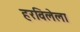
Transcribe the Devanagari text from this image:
हरविलेला